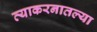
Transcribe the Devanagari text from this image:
व्याकरनातल्या